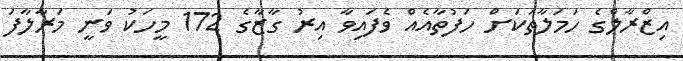
އިޒްރާލްގެ ހަމަލާތަކަށް ހަފުތާއެއް ވެފައިވާ އިރު ގާޒާގެ 172 މީހަކު ވަނީ މަރާލާފަ